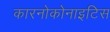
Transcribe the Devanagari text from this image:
कारनोकोनाइटिस